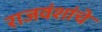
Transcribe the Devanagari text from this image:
राजवंशांचे